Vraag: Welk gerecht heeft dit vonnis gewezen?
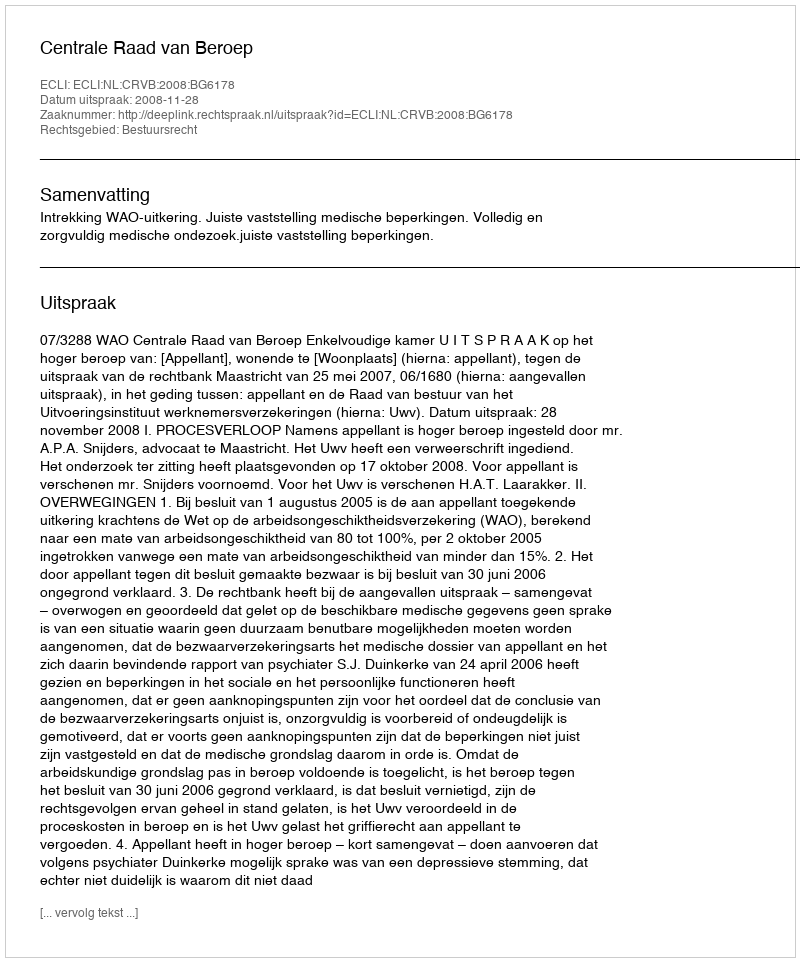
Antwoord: Centrale Raad van Beroep